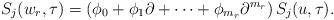
LaTeX: \begin{align*} S_j(w_r ,\tau)=\left(\phi_0 +\phi_1 \partial +\cdots +\phi_{m_r} \partial^{m_r}\right)S_j(u,\tau). \end{align*}